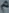
a